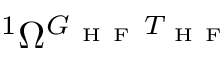
{ } ^ { 1 } \Omega ^ { G _ { \mathrm { ~ H ~ F ~ } } T _ { \mathrm { ~ H ~ F ~ } } }